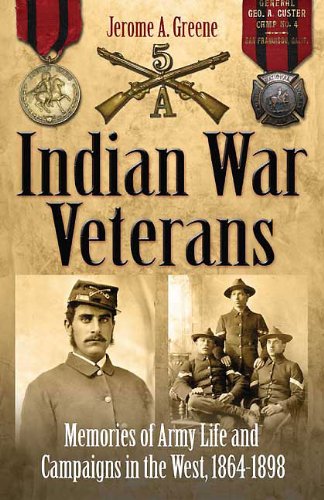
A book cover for Indian War Veterans: Memories of Army Life and Campaigns in the West, 1864-1898; Jerome Greene; History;